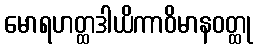
မောရဟတ္ထဒါယိကာဝိမာနဝတ္ထု